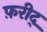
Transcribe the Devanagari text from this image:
फ़रीद्